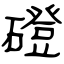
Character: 磴